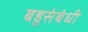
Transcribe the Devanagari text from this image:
बहुसंबंधी